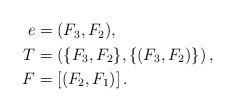
LaTeX: \begin{align*} \begin{aligned} e&=(F_3,F_2),\\ T&=\left(\{F_3,F_2\},\{(F_3,F_2)\}\right),\\ F&= \left[(F_2,F_1)\right]. \end{aligned}\end{align*}